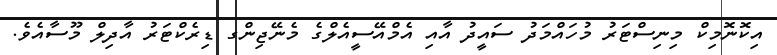
އިކޮނޮމިކް މިނިސްޓަރު މުހައްމަދު ސައީދު އާއި އެމްއޭސީއެލްގެ މެނޭޖިންގ ޑިރެކްޓަރު އާދިލް މޫސާއެވެ.